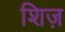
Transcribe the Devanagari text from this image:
शिज़